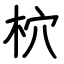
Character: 柼